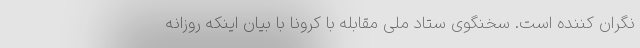
نگران کننده است. سخنگوی ستاد ملی مقابله با کرونا با بیان اینکه روزانه